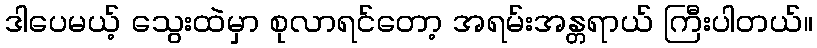
ဒါပေမယ့် သွေးထဲမှာ စုလာရင်တော့ အရမ်းအန္တရာယ် ကြီးပါတယ်။